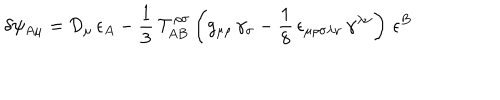
\delta \psi _ { A \mu } = \mathcal { D } _ { \mu } \, \epsilon _ { A } - \frac { 1 } { 3 } \, \mathcal { T } _ { A B } ^ { \rho \sigma } \left( g _ { \mu \rho } \, \gamma _ { \sigma } - \frac { 1 } { 8 } \, \epsilon _ { \mu \rho \sigma \lambda \nu } \, \gamma ^ { \lambda \nu } \right) \, \epsilon ^ { B }